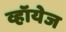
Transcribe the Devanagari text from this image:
व्हॉयेज